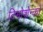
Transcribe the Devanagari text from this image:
टिमोशेन्को